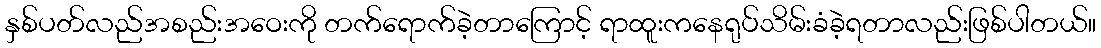
နှစ်ပတ်လည်အစည်းအဝေးကို တက်ရောက်ခဲ့တာကြောင့် ရာထူးကနေရုပ်သိမ်းခံခဲ့ရတာလည်းဖြစ်ပါတယ်။